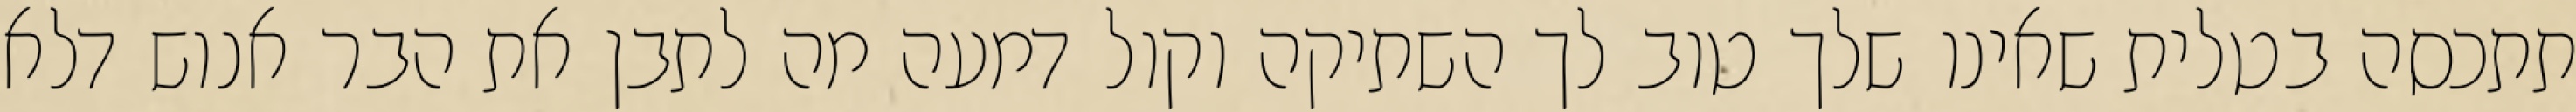
תתכסה בטלית שאינו שלך טוב לך השתיקה וקול דמעה מה לתבן את הבר אנוש דלא